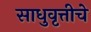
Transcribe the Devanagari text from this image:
साधुवृत्तीचे